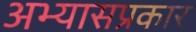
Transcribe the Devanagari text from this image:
अभ्यासप्रकार